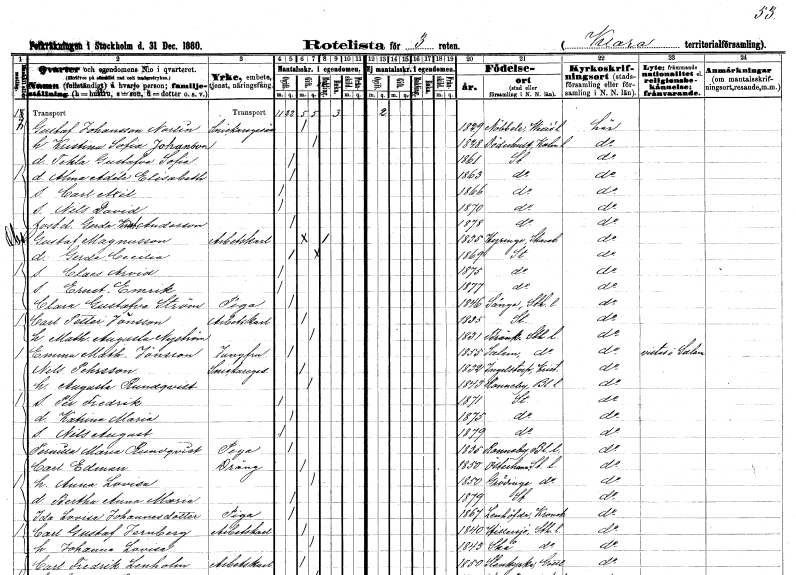
gt_parse: households: individuals: FN: Gustaf
EN: Johansson Norlin
YRKE: Snickaregesäll
KON: M
CIV: G
FODAR: 1829
FODFORS: Nöbbele Kronobergs län
FN: Kristina Sofia
EN: Johanson
KON: K
CIV: G
FODAR: 1828
FODFORS: Döderhult Kalmar län
FN: Tekla Gustafva Sofia
KON: K
CIV: O
FODAR: 1861
FODFORS: Stockholm
FN: Alma Adéle Elisabeth
KON: K
CIV: O
FODAR: 1863
FODFORS: Stockholm
FN: Carl Axel
KON: M
CIV: O
FODAR: 1866
FODFORS: Stockholm
FN: Nils David
KON: M
CIV: O
FODAR: 1870
FODFORS: Stockholm
FN: Gerda Kristina
EN: Anderson
KON: K
CIV: O
FODAR: 1878
FODFORS: Stockholm
FN: Gustaf
EN: Magnusson
YRKE: Arbetskarl
KON: M
CIV: E
FODAR: 1835
FODFORS: Hyringa Skaraborgs län
FN: Gerda Cecilia
KON: K
CIV: O
FODAR: 1869
FODFORS: Stockholm
FN: Claes Arvid
KON: M
CIV: O
FODAR: 1875
FODFORS: Stockholm
FN: Ernst Emrik
KON: M
CIV: O
FODAR: 1877
FODFORS: Stockholm
FN: Clara Gustafva
EN: Ström
YRKE: Piga
KON: K
CIV: O
FODAR: 1846
FODFORS: Sånga Stockholms län
FN: Carl Petter
EN: Jönsson
YRKE: Arbetskarl
KON: M
CIV: G
FODAR: 1835
FODFORS: Stockholm
FN: Mathilda Augusta
EN: Nyström
KON: K
CIV: G
FODAR: 1831
FODFORS: Brännkyrka Stockholms län
FN: Emma Mathilda
EN: Jönsson
YRKE: Jungfru
KON: K
CIV: O
FODAR: 1855
FODFORS: Salem Skaraborgs län
FN: Nils
EN: Pehrsson
YRKE: Snickaregesäll
KON: M
CIV: G
FODAR: 1832
FODFORS: Ingelstorp Malmöhus län
FN: Augusta
EN: Rundqvist
KON: K
CIV: G
FODAR: 1843
FODFORS: Ronneby Blekinge län
FN: Per Fredrik
KON: M
CIV: O
FODAR: 1871
FODFORS: Stockholm
FN: Katrina Maria
KON: K
CIV: O
FODAR: 1875
FODFORS: Stockholm
FN: Nils August
KON: M
CIV: O
FODAR: 1879
FODFORS: Stockholm
FN: Pernilla Maria
EN: Rundqvist
YRKE: Piga
KON: K
CIV: O
FODAR: 1835
FODFORS: Ronneby Blekinge län
FN: Carl
EN: Edman
YRKE: Dräng
KON: M
CIV: G
FODAR: 1850
FODFORS: Österhaninge Stockholms län
FN: Anna Lovisa
KON: K
CIV: G
FODAR: 1850
FODFORS: Grödinge Stockholms län
FN: Bertha Anna Maria
KON: K
CIV: O
FODAR: 1879
FODFORS: Stockholm
FN: Ida Lovisa
EN: Johannesdotter
YRKE: Piga
KON: K
CIV: O
FODAR: 1867
FODFORS: Lenhovda Kronobergs län
FN: Carl Gustaf
EN: Jernberg
YRKE: Arbetskarl
KON: M
CIV: G
FODAR: 1840
FODFORS: Hilleshög Stockholms län
FN: Johanna Lovisa
KON: K
CIV: G
FODAR: 1843
FODFORS: Skå Stockholms län
FN: Carl Fredrik
EN: Lenholm
YRKE: Arbetskarl
KON: M
CIV: G
FODAR: 1850
FODFORS: Stenkyrka Gotlands län